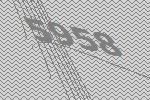
5958